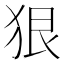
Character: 狠